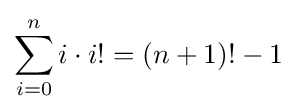
\sum _{i=0}^{n}i\cdot i!=(n+1)!-1